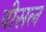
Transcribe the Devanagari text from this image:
वीसल